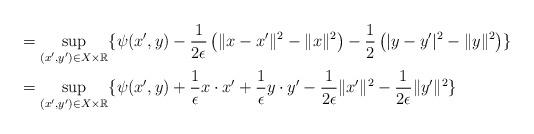
LaTeX: \begin{align*}&= \sup_{(x',y')\in X\times \mathbb R} \{ \psi(x',y) - \frac{1}{2\epsilon}\left( \|x-x'\|^2 -\|x\|^2\right)- \frac{1}{2}\left( |y-y'|^2 -\|y\|^2\right)\}\\&=\sup_{(x',y')\in X\times \mathbb R} \{ \psi(x',y) + \frac{1}{\epsilon} x\cdot x' + \frac{1}{\epsilon} y\cdot y' - \frac{1}{2\epsilon} \|x'\|^2 - \frac{1}{2\epsilon} \|y'\|^2\}\end{align*}